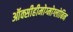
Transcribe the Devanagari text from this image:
ऑक्सीहीमोग्मोग्लोबिन